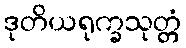
ဒုတိယရုက္ခသုတ္တံ